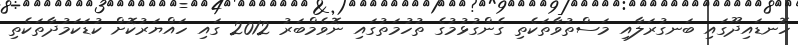
ހޮނޑައިދޫގައި ބަނގުރަލާއި މަސްތުވާތަކެތި ގެންގުޅުމުގެ ތުހުމަތުގައި ނޮވެމްބަރު 2012 ގައި ހައްޔަރުކޮށް ކުޑަކަމުދާތަކެތި